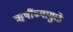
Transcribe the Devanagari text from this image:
ॠषींच्यामुळें